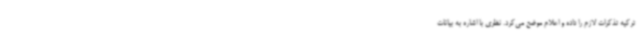
ترکیه تذکرات لازم را داده و اعلام موضع می‌کرد. نظری با اشاره به بیانات